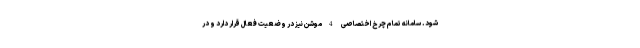
شود. سامانه تمام چرخ اختصاصی 4موشن نیز در وضعیت فعال قرار دارد و در